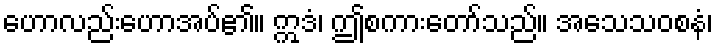
ဟောလည်းဟောအပ်၏။ ဣဒံ၊ ဤစကားတော်သည်။ အသေသဝစနံ၊